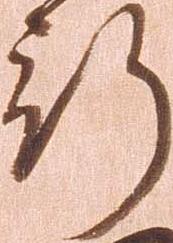
行